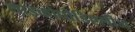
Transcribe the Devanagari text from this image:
लाइकोपोडिएलीज